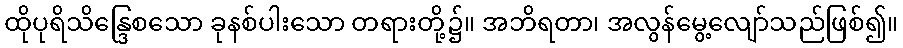
ထိုပုရိသိန္ဒြေစသော ခုနစ်ပါးသော တရားတို့၌။ အဘိရတာ၊ အလွန်မွေ့လျော်သည်ဖြစ်၍။